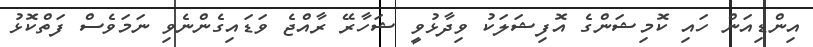
އިންޑިއަން ހައި ކޮމިޝަންގެ އޮފިޝަލަކު ވިދާޅުވީ ޝަހާރޭ ރާއްޖެ ވަޑައިގެންނެވި ނަމަވެސް ފަތްކޮޅު